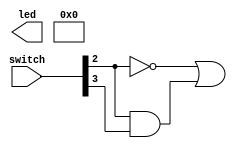
`timescale 1ns / 1ps
`default_nettype none //helps catch typo-related bugs
//////////////////////////////////////////////////////////////////////////////////
// 
// CS 141 - Fall 2015
// Module Name:    main2 
// Author(s): 
// Description: 
//
//
//////////////////////////////////////////////////////////////////////////////////
module main2(switch, led);

	input wire [7:0] switch;
	output wire [7:0] led;

	assign led[7:4] = 4'b0000;

	// problem 2 - implication
	assign led[1] = (~switch[2]) | (switch[2] & switch[3]);
	
endmodule
`default_nettype none //some Xilinx IP requires that the default_nettype be set to wire